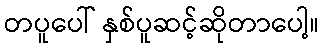
တပူပေါ် နှစ်ပူဆင့်ဆိုတာပေါ့။